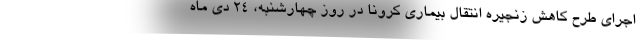
اجرای طرح کاهش زنجیره انتقال بیماری کرونا در روز چهارشنبه، ۲۴ دی ماه